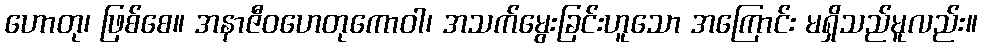
ဟောတု၊ ဖြစ်စေ။ အနာဇီဝဟေတုကောဝါ၊ အသက်မွေးခြင်းဟူသော အကြောင်း မရှိသည်မူလည်း။